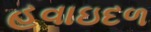
હવાઇદળ